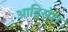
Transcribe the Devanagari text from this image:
आदिसेश